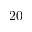
\mathrm { 2 0 }